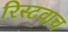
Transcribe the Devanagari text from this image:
रिस्टवाच